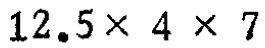
$12.5\times 4\times 7$